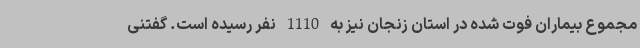
مجموع بیماران فوت شده در استان زنجان نیز به 1110 نفر رسیده است. گفتنی